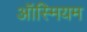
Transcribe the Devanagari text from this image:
ऑस्मियम